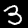
Digit: 3